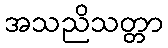
အသညိသတ္တာ